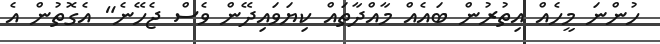
ހުންނަ މީހެއް އިތުރުން ބައެއް މާއްދާތައް ކިޔަވައިދޭން ވެސް ޖެހޭނެ" އެގޮތުން އެ